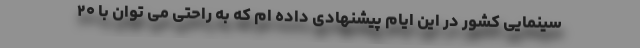
سینمایی کشور در این ایام پیشنهادی داده ام که به راحتی می توان با ۲۰